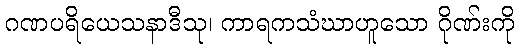
ဂဏပရိယေသနာဒီသု၊ ကာရကသံဃာဟူသော ဂိုဏ်းကို